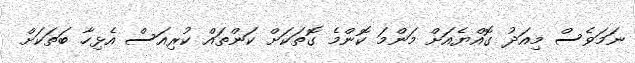
ނަމަވެސް މިއަދު ގޮއްޔެއަށް މަންމަ ކޮންމެ ގޮތަކަށް ކަންތައް ކުރިއަސް އެޅިހާ ބަތަކަށް